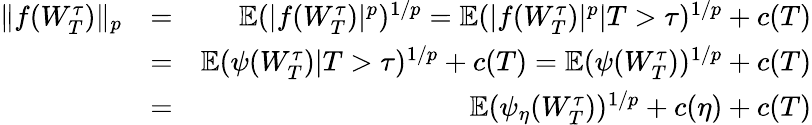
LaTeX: \begin{array}{rlr}{\| f(W_{T}^{\tau})\| _{p}}&{=}&{\mathbb{E}(|f(W_{T}^{\tau})|^{p})^{1/p}=\mathbb{E}(|f(W_{T}^{\tau})|^{p}|T>\tau)^{1/p}+c(T)}\\ &{=}&{\mathbb{E}(\psi(W_{T}^{\tau})|T>\tau)^{1/p}+c(T)=\mathbb{E}(\psi(W_{T}^{\tau}))^{1/p}+c(T)}\\ &{=}&{\mathbb{E}(\psi_{\eta}(W_{T}^{\tau}))^{1/p}+c(\eta)+c(T)}\end{array}